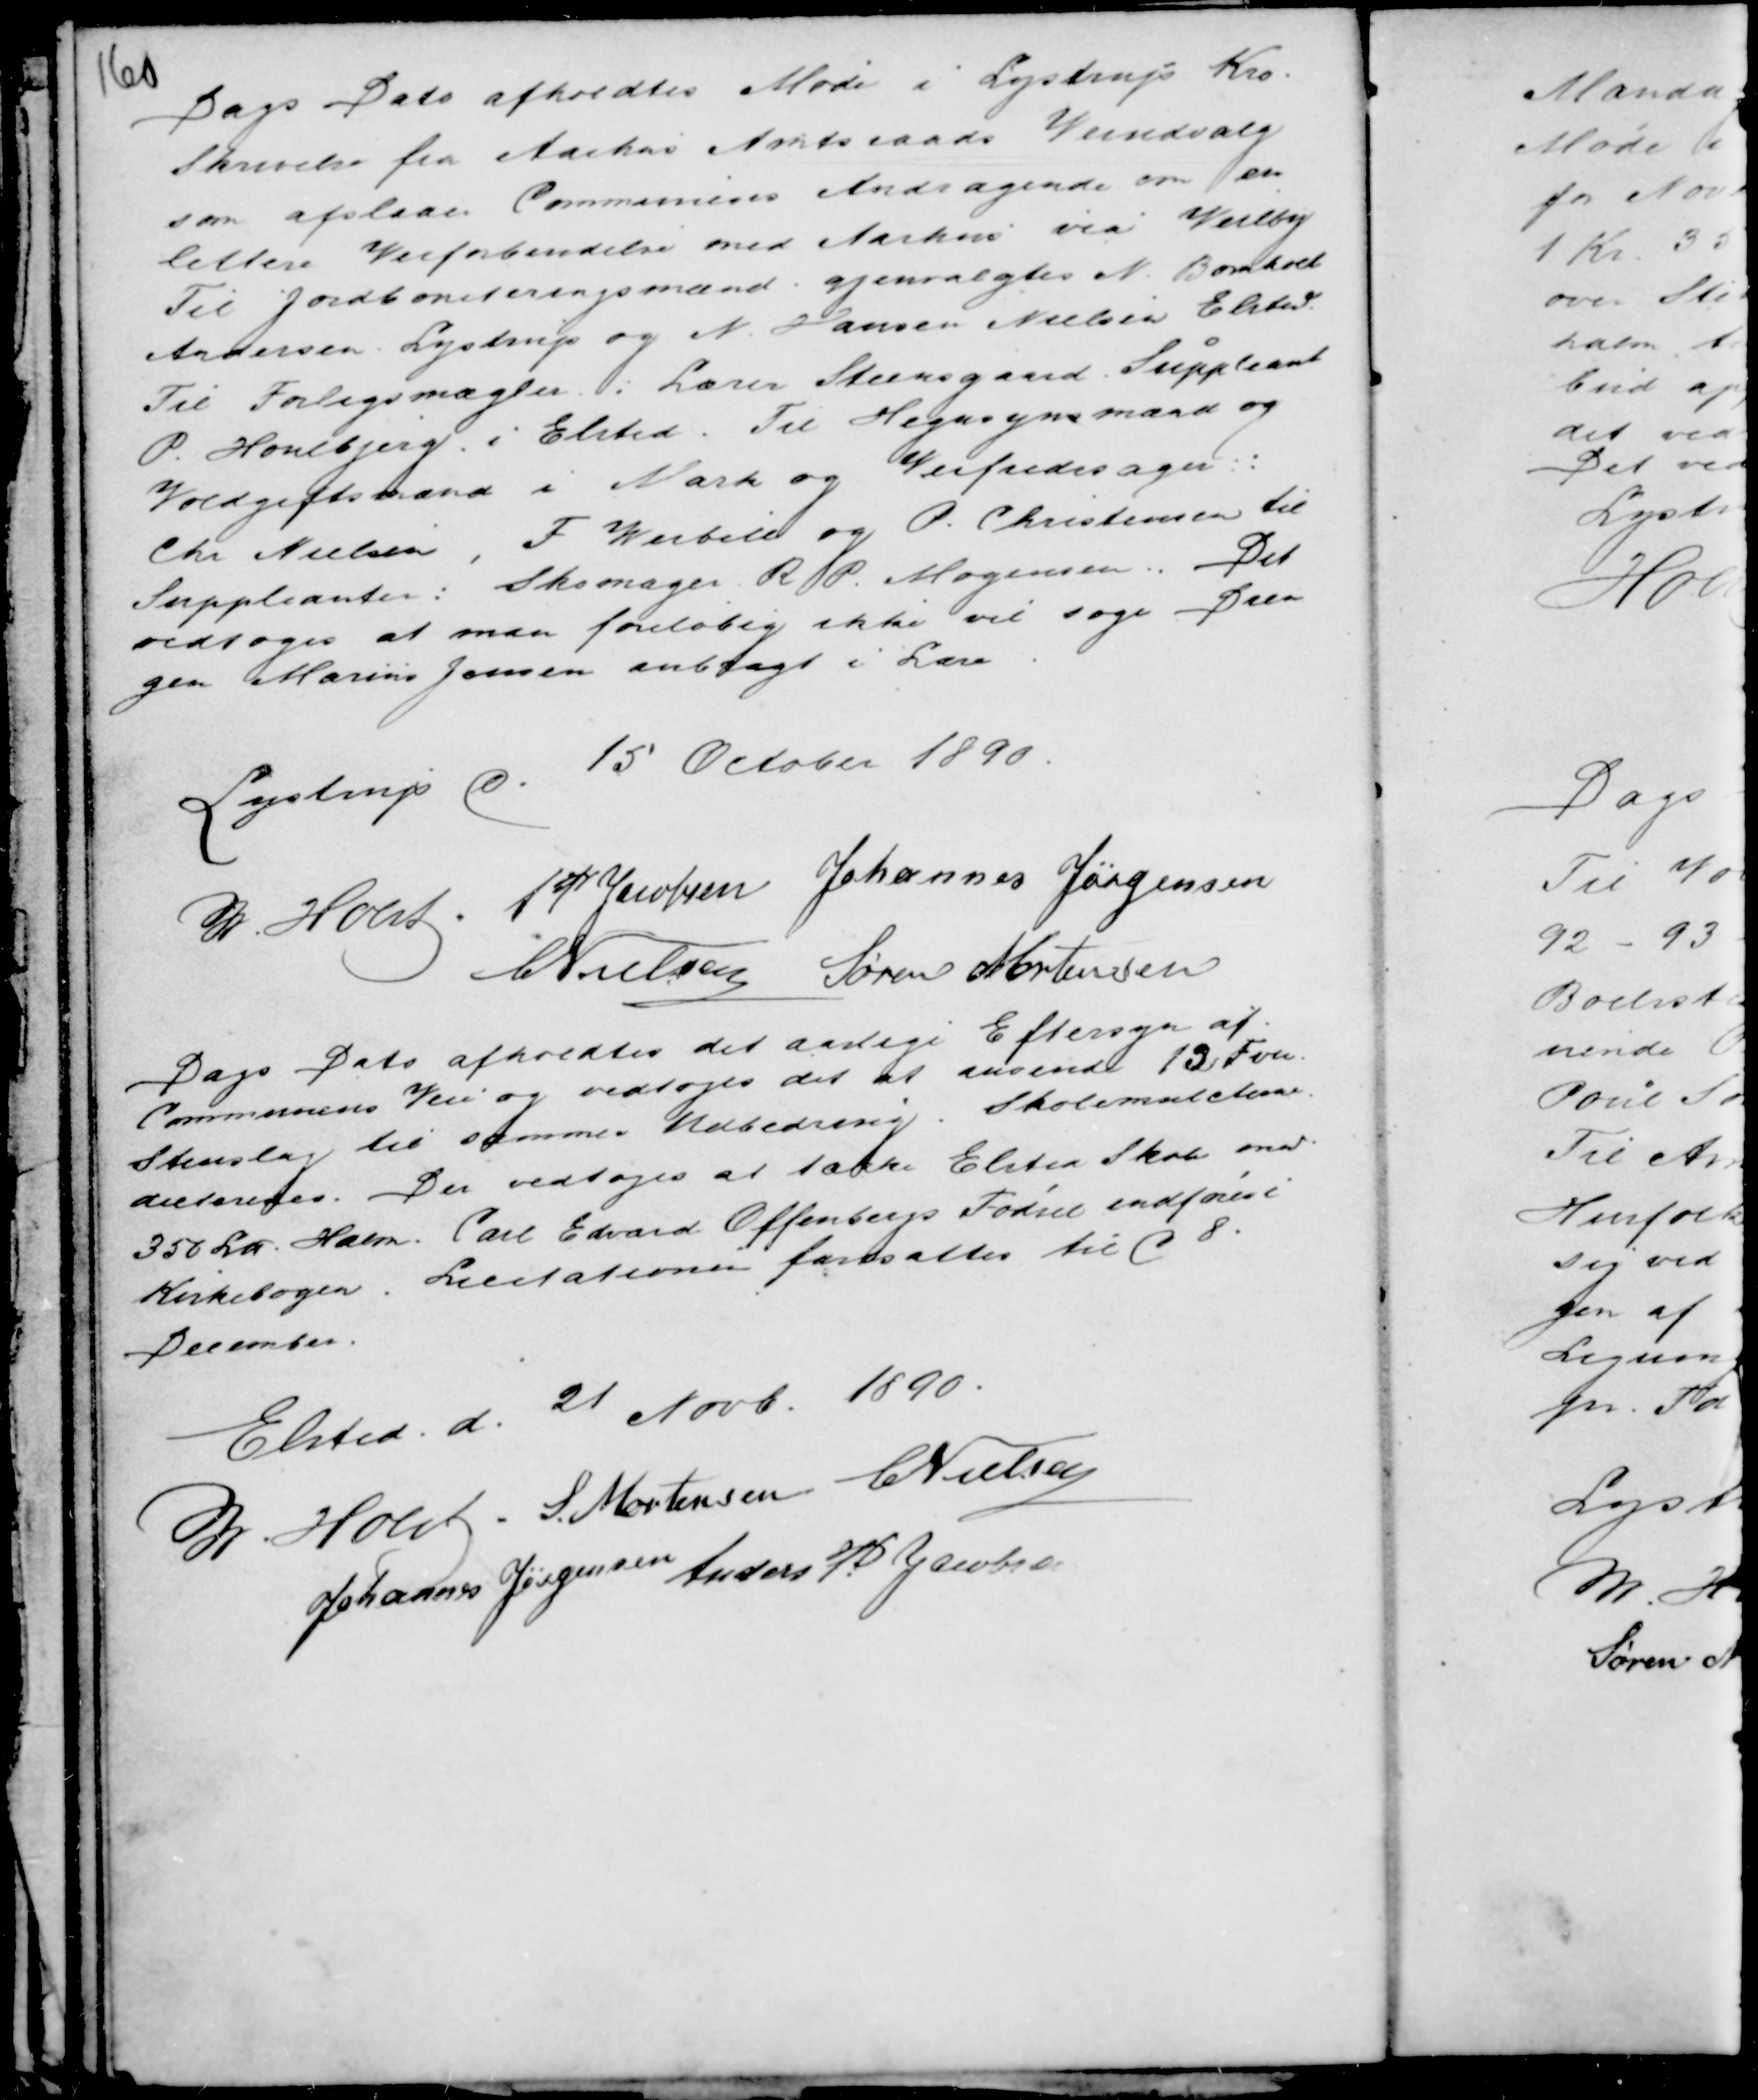
Transskription:
Dags Dato afholdtes Møde i Lystrup Kro.
Skrivelse fra Aarhus Amtsraads Veiudvalg
som afslaar Communens Andragende om en
lettere Veiforbindelse med Aarhus via Veilby
Til Jordboniteringsmænd gjenvalgtes N. Bomholt
Andersen Lystrup og N. Hansen Nielsen Elsted.
Til Forligsmægler : Lærer Steensgaard. Suppleant
P. Houlbjerg i Elsted. Til Hegnsynsmænd og
Voldgiftsmand i Mark og Veifredssager :
Chr Nielsen, F Veibell og P. Christensen til
Suppleanter : Skomager R P. Mogensen. Det
vedtoges at man foreløbig ikke vil søge Dren
gen Marius Jensen anbragt i Lære.

Lystrup d. 15 October 1890.
M Holst . AP Jacobsen Johannes Jørgensen
C Nielsen Søren Mortensen

Dags Dato afholdtes det aarlige Eftersyn af
Communens Veie og vedtoges det at anvende 13 Fvn
Steenslag til sammes Udbedring. Skolemulcterne
dicteredes. Der vedtoges at tække Elsted Skole med
350 Læs Halm. Carl Edvard Offenbergs Fødsel indføres i
Kirkebogen. Licitationen fastsattes til d 8.
December.

Elsted d. 21 Novb. 1890.
M Holst . S. Mortensen C Nielsen
Johannes Jørgensen Anders P Jacobsen